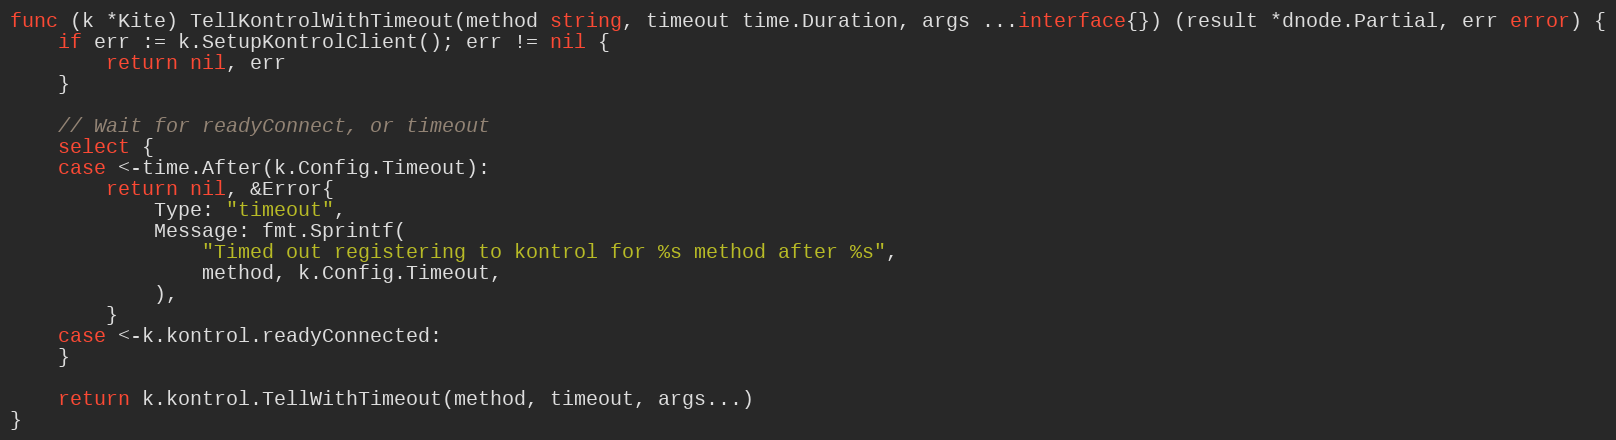
Language: Go
func (k *Kite) TellKontrolWithTimeout(method string, timeout time.Duration, args ...interface{}) (result *dnode.Partial, err error) {
	if err := k.SetupKontrolClient(); err != nil {
		return nil, err
	}

	// Wait for readyConnect, or timeout
	select {
	case <-time.After(k.Config.Timeout):
		return nil, &Error{
			Type: "timeout",
			Message: fmt.Sprintf(
				"Timed out registering to kontrol for %s method after %s",
				method, k.Config.Timeout,
			),
		}
	case <-k.kontrol.readyConnected:
	}

	return k.kontrol.TellWithTimeout(method, timeout, args...)
}